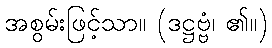
အစွမ်းဖြင့်သာ။ (ဒဋ္ဌဗ္ဗံ၊ ၏။)